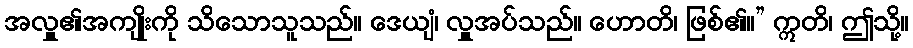
အလှူ၏အကျိုးကို သိသောသူသည်။ ဒေယျံ၊ လှူအပ်သည်။ ဟောတိ၊ ဖြစ်၏။” ဣတိ၊ ဤသို့။